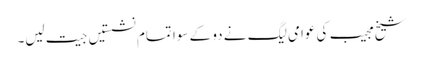
شیخ مجیب کی عوامی لیگ نے دو کے سوا تمام نشستیں جیت لیں۔